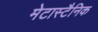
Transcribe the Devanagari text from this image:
मेटास्टैनिक